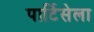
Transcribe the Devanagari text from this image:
पार्टिसेला